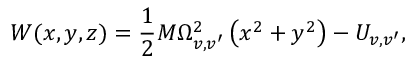
W ( x , y , z ) = \frac { 1 } { 2 } M \Omega _ { v , v ^ { \prime } } ^ { 2 } \left( x ^ { 2 } + y ^ { 2 } \right) - U _ { v , v ^ { \prime } } ,